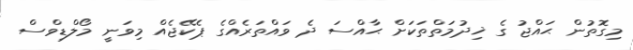
މިގޮތުން ޙައްޖު ގެ ޚިދުމަތްތަކަށް ޙާއްސަ ދެ ވައްތަރެއްގެ ޕެކޭޖެއް މިވަނީ މޯލްޑިވްސް